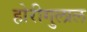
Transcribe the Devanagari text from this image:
होरीगुलाल